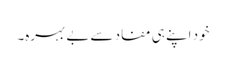
خود اپنے ہی مفاد سے بے بہرہ۔